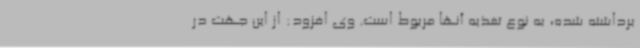
برداشته شده، به نوع تغذیه آنها مربوط است. وی افزود: از این جهت در